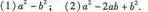
(1)$$a^{2}-b^{2}$$;(2)$$a^{2}-2ab+b^{2}$$.